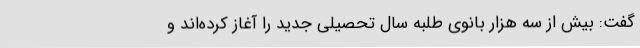
گفت: بیش از سه هزار بانوی طلبه سال تحصیلی جدید را آغاز کرده‌اند و